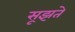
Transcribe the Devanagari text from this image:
सूझते